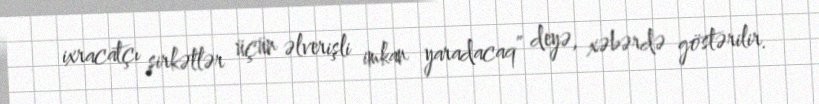
ixracatçı şirkətlər üçün əlverişli imkan yaradacaq” deyə, xəbərdə göstərilir.